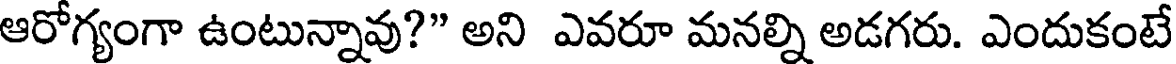
ఆరోగ్యంగా ఉంటున్నావు?" అని ఎవరూ మనల్ని అడగరు. ఎందుకంటే